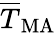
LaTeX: \overline{{T}}_{\mathrm{MA}}